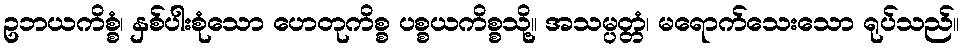
ဥဘယကိစ္စံ၊ နှစ်ပါးစုံသော ဟေတုကိစ္စ ပစ္စယကိစ္စသို့။ အသမ္ပတ္တံ၊ မရောက်သေးသော ရုပ်သည်။